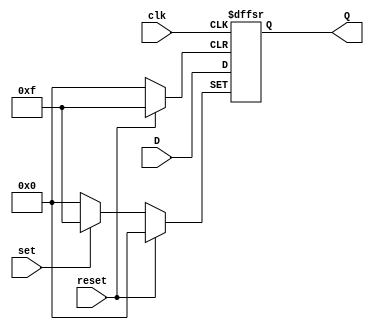
module flipflopD(input wire clk,reset,set, input wire [3:0]D, output reg [3:0]Q);
  always @ (posedge clk, posedge set, posedge reset) begin
    if(reset) begin
      Q <= 4'b0;
    end
    else if (set) begin
      Q <= 4'b1111;
    end
    else
      Q <= D;
    end
endmodule

module flipflopD2(input wire clk,reset, input wire D, output reg Q);
  always @ (posedge clk, posedge reset) begin
    if(reset) begin
      Q <= 1'b0;
    end
    else
      Q <= D;
    end
endmodule

module FSM1(input wire A, B,clk, reset, output wire S00, S11, SF0, SF1, Y);
    wire S1 , S0;

    assign SF0 = (~S1 & ~S0 & A);
    assign SF1 = ((S0 & B) | (S1 & A & B));

    flipflopD2 U1(clk, reset,SF1, S1);
    flipflopD2 U2(clk, reset,SF0, S0);
    assign S00 = S0;
    assign S11 = S1;
    assign Y = (S1 & A & B);
endmodule

module FSM2(input wire A, clk, reset, output wire O1, O2, O3);
    wire S0, S1, S2;

    assign SF0 = ((A & S2 & S1) | (~A & ~S2 & S1) | (~A & S2 & ~S1) | (A & ~S2 & ~S1));
    assign SF1 = ((S1 & ~S0) | (~A & S1 & S2) | (A & ~S2 & S0));
    assign SF2 = ((S2 & S0) | (A & S1 & ~S0) | (~A & ~S1 & ~S0));

    flipflopD2 U1(clk, reset, SF0, S0);
    flipflopD2 U2(clk, reset, SF1, S1);
    flipflopD2 U3(clk, reset, SF2, S2);

    assign O1 = S0;
    assign O2 = S1;
    assign O3 = S2;
endmodule